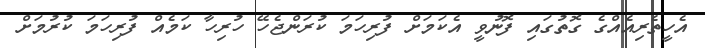
އެހީތެރިއެއްގެ ގޮތުގައި ފޮނުވީ އެކަމަށް ފުރިހަމަ ކުރަންޖެހޭ ހުރިހާ ކަމެއް ފުރިހަމަ ކުރުމަށް